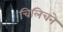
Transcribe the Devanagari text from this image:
चिलिचने